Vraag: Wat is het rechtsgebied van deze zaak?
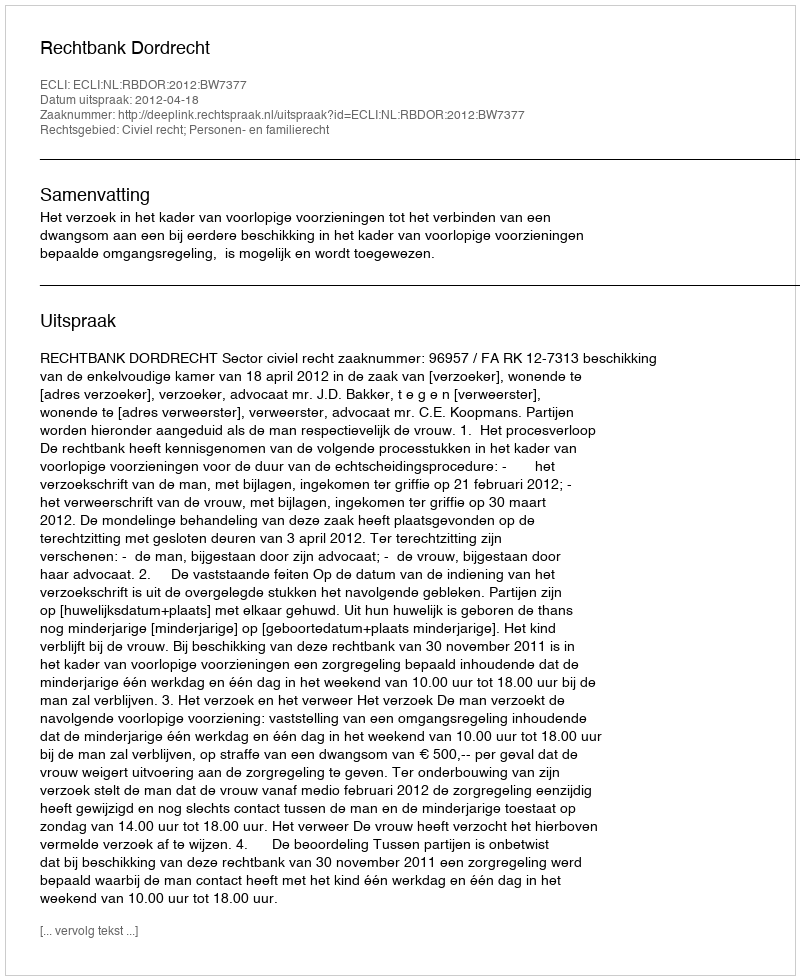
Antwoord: Civiel recht; Personen- en familierecht